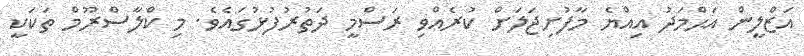
އަޒްލީން އަޙްމަދު އިއްޔެ މާފުށިޖަލަށް ކުރެއްވި ރަސްމީ ދަތުރުފުޅުގައެވެ. މި ކްލާސްރޫމް ތަކަކީ